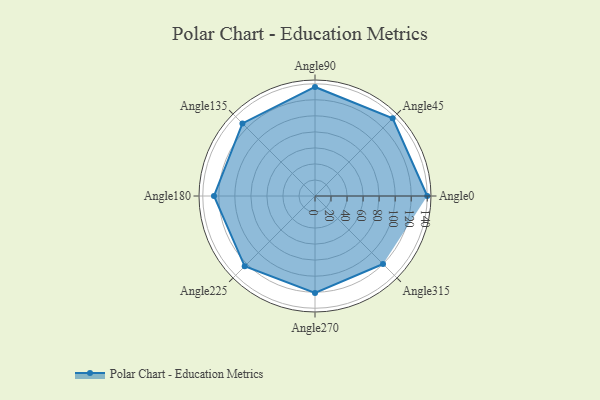
{"axis": {"x": "Angle", "y": "Radius"}, "legend": [""], "data": [{"x": "Angle0", "y": 140.0, "type": ""}, {"x": "Angle45", "y": 137.0, "type": ""}, {"x": "Angle90", "y": 136.0, "type": ""}, {"x": "Angle135", "y": 128.0, "type": ""}, {"x": "Angle180", "y": 126.0, "type": ""}, {"x": "Angle225", "y": 124.0, "type": ""}, {"x": "Angle270", "y": 121.0, "type": ""}, {"x": "Angle315", "y": 120.0, "type": ""}]}